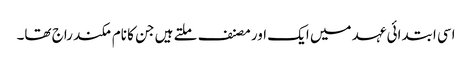
اسی ابتدائی عہد میں ایک اور مصنف ملتے ہیں جن کا نام مکند راج تھا۔